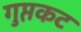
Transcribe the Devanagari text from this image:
गुप्तकट